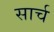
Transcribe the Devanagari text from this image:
सार्च